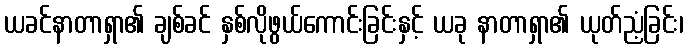
ယခင်နာတာရှာ၏ ချစ်ခင် နှစ်လိုဖွယ်ကောင်းခြင်းနှင့် ယခု နာတာရှာ၏ ယုတ်ညံ့ခြင်း၊